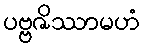
ပဗ္ဗဇိဿာမဟံ